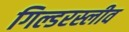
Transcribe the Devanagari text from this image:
गिल्डरस्लीव